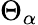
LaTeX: \Theta_{\alpha}